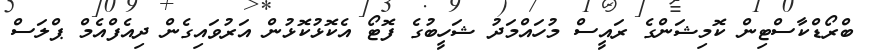
ބްރޯޑްކާސްޓިން ކޮމިޝަންގެ ރައީސް މުހައްމަދު ޝަހީބުގެ ފޮޓޯ އެކޮޅުކޮޅުން އަރުވައިގެން ދިއެފްއެމް ޕްލަސް